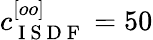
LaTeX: c_{\mathrm{~I~S~D~F~}}^{[oo]}=50